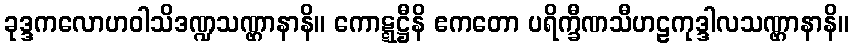
ခုဒ္ဒကလောဟဝါသိဒဏ္ဍသဏ္ဌာနာနိ။ ကောဋ္ဋဋ္ဌီနိ ဧကတော ပရိက္ခီဏသီဟဠကုဒ္ဒါလသဏ္ဌာနာနိ။